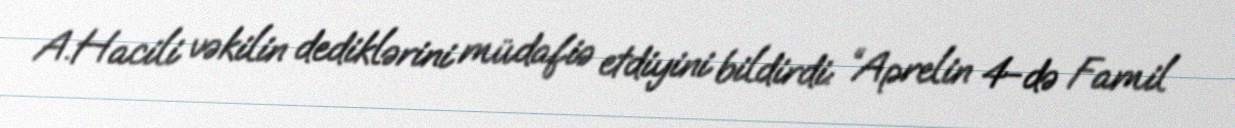
A.Hacili vəkilin dediklərini müdafiə etdiyini bildirdi: “Aprelin 4-də Famil